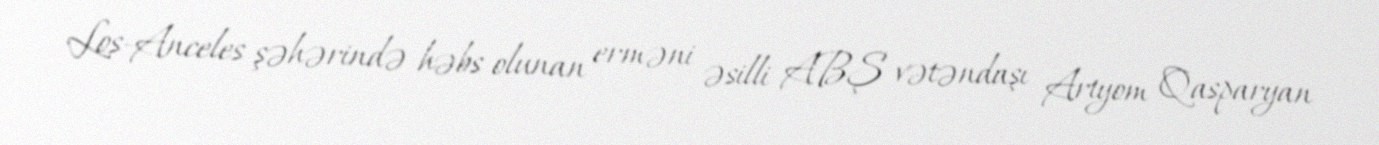
Los-Anceles şəhərində həbs olunan erməni əsilli ABŞ vətəndaşı Artyom Qasparyan